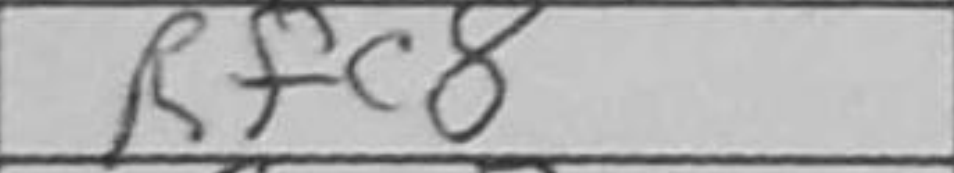
Transcription: Rfc8